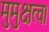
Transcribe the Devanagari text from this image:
मुमुक्षत्व।